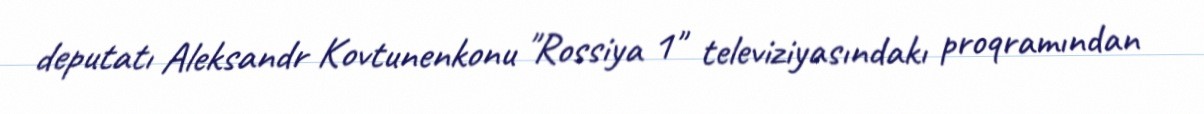
deputatı Aleksandr Kovtunenkonu "Rossiya 1" televiziyasındakı proqramından